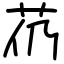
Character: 芿